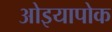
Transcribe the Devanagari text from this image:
ओइयापोक